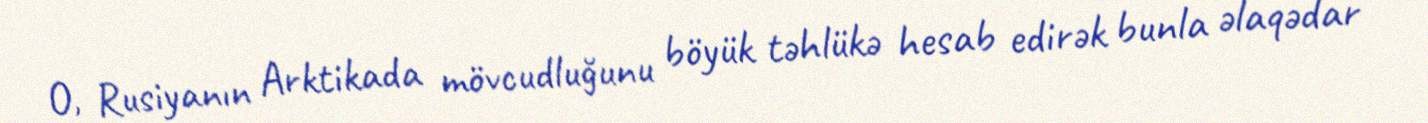
O, Rusiyanın Arktikada mövcudluğunu böyük təhlükə hesab edirək bunla əlaqədar